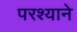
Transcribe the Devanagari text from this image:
परश्याने